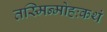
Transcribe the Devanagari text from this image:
तस्मिन्मोहःकथं